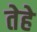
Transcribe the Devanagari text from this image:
तेहे